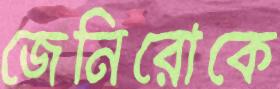
জেনিরোকে